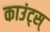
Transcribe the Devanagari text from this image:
काउंट्स्